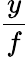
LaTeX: \frac{y}{f}